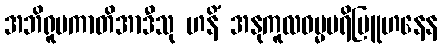
အဘိရူပကာတိအာဒီသု ဟနိံ အနုကူလဓမ္မပရိဗြူဟနေန